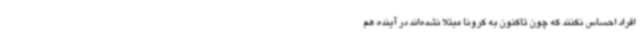
افراد احساس نکنند که چون تاکنون به کرونا مبتلا نشده‌اند در آینده هم